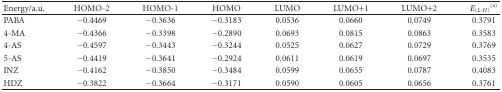
<table><thead><tr><td><b>Energy/a.u.</b></td><td><b>HOMO-2</b></td><td><b>HOMO-1</b></td><td><b>HOMO</b></td><td><b>LUMO</b></td><td><b>LUMO+1</b></td><td><b>LUMO+2</b></td><td><b><i>E</i><sub>(<i>L</i>-<i>H</i>)</sub><sup>(a)</sup></b></td></tr></thead><tbody><tr><td>PABA</td><td>−0.4469</td><td>−0.3636</td><td>−0.3183</td><td>0.0536</td><td>0.0660</td><td>0.0749</td><td>0.3791</td></tr><tr><td>4-MA</td><td>−0.4366</td><td>−0.3398</td><td>−0.2890</td><td>0.0693</td><td>0.0815</td><td>0.0863</td><td>0.3583</td></tr><tr><td>4-AS</td><td>−0.4597</td><td>−0.3443</td><td>−0.3244</td><td>0.0525</td><td>0.0627</td><td>0.0729</td><td>0.3769</td></tr><tr><td>5-AS</td><td>−0.4419</td><td>−0.3641</td><td>−0.2924</td><td>0.0611</td><td>0.0619</td><td>0.0697</td><td>0.3535</td></tr><tr><td>INZ</td><td>−0.4162</td><td>−0.3850</td><td>−0.3484</td><td>0.0599</td><td>0.0655</td><td>0.0787</td><td>0.4083</td></tr><tr><td>HDZ</td><td>−0.3822</td><td>−0.3664</td><td>−0.3171</td><td>0.0590</td><td>0.0605</td><td>0.0656</td><td>0.3761</td></tr></tbody></table>